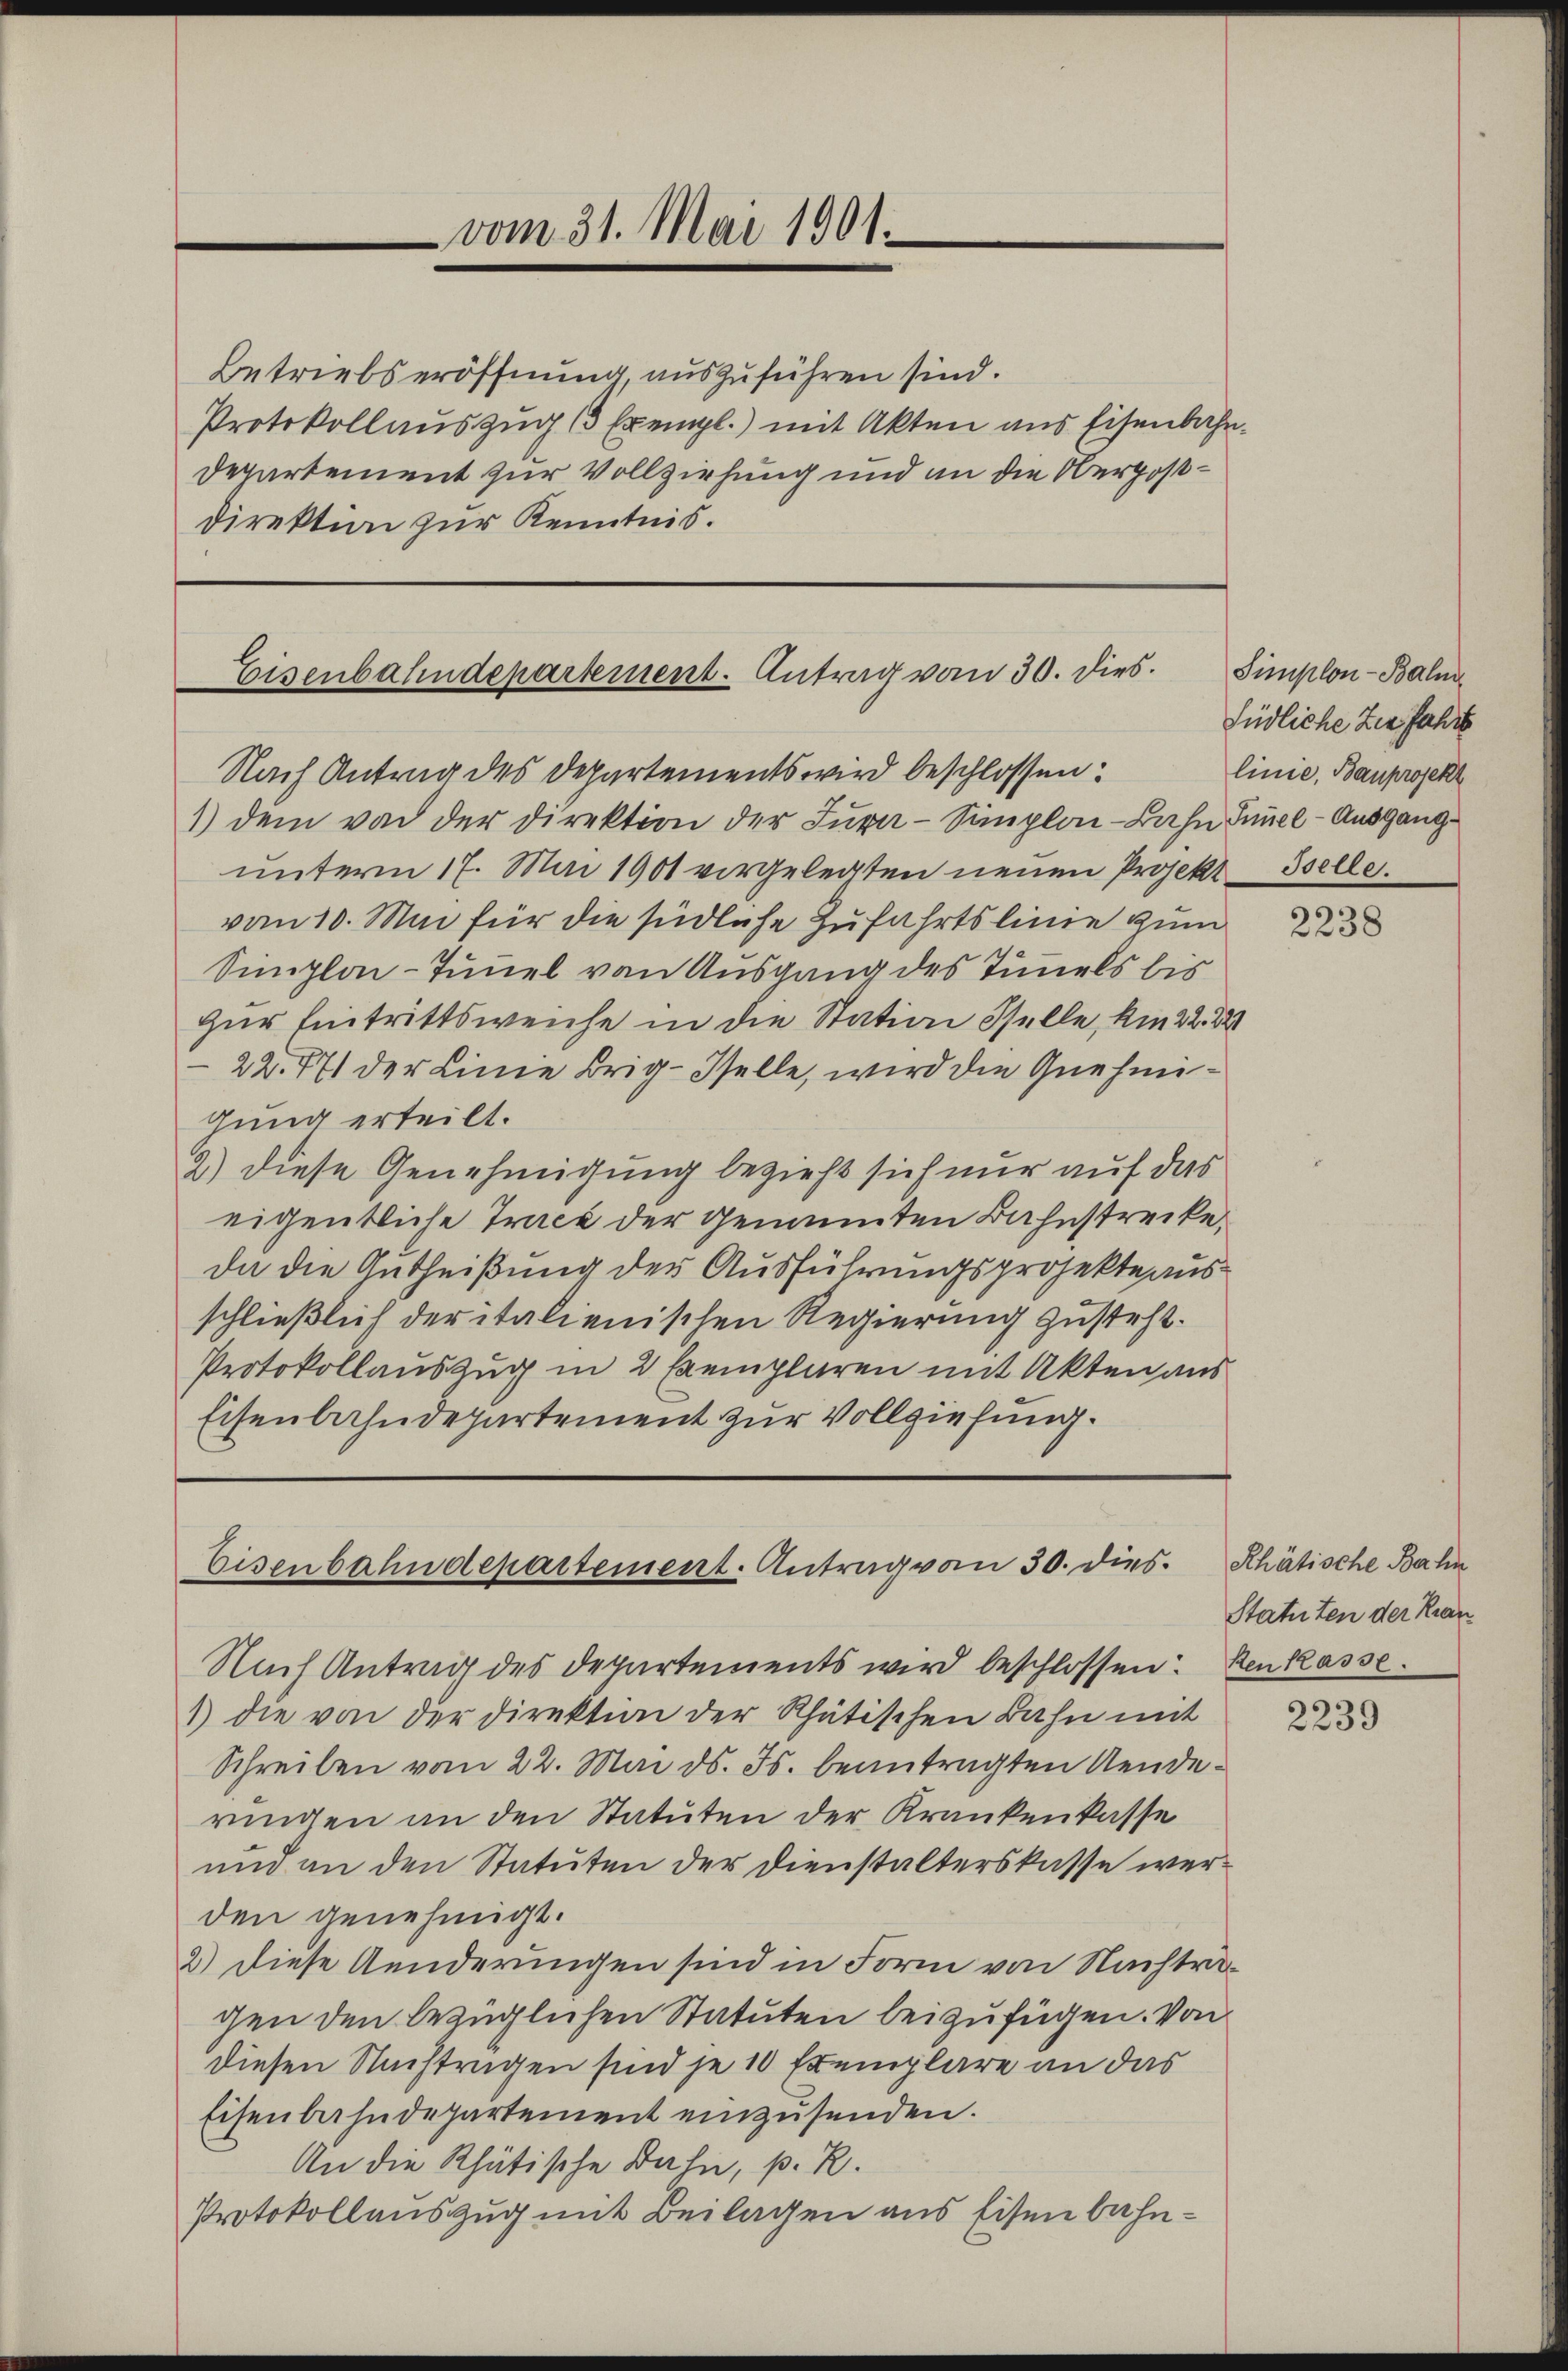
Betriebseröffnung, auszuführen sind.
Protokollauszug (3 Exempl.) mit Akten aus Eisenbahn¬
Departement zur Vollziehung und an die Oergoßdirektion zur Kenntnis.

Eisenbahndepartement. Antrag vom 30. dies.
Nach Antrag des Departements wird beschlossen:

vom 31. Mai 1901.

1) dem von der Direktion der Jura-Simplon-Bahn Innel-Ausgang
unterm 17. Mai 1901 vorgelegten neuen Projekt Iselle.
vom 10. Mai für die südliche Zufahrtslinie zum
Simploi-Tuuel von Ausgang des Tünels bis
zur Eintrittsweiche in die Station Stelle, am 22. 244
22.87) der Linie Brig-Iselle, wird die Gnehmigung erteilt.
2.) Diese Genehmigung bezieht sich nur auf das
eigentliche Tract der Genannten Bahnstrecke
da die Gutheißung der Ausführungsprojekte ausschließlich der italienischen Regierung zusteht.
Protokollauszug in 2 Exemplaren mit Akten aus
Eisenbahndepartement zur Vollziehung.

Eisenbahndepartement. Antrag von 30. dies

Nach Antrag des Departements wird beschlossen: Renkasse.
1) die von der Direktion der Thätischen Bahn mit
Schreiben vom 22. Mai d. Js. beantragten Aenderingen an den Statuten der Krankenkasse
um an den Statuten der Dienstalterskasse werden genehmigt.
2) Diese Aenderungen sind in Form von Nachträgen den bezüglichen Statuten beizufügen. Von
diesen Nachtragen sind je 10 Exemplare an das
Eisenbahndepartement einzusenden.
An die Rhätische Bahn, p. R.
Protokollauszug mit Beilagen aus Eisenbahn¬

Simplon-Balm
Lüdliche Zer Jahre
linie, Bauprojekt

2238

Rhätische Bahn
Statuten der Kran

2239